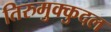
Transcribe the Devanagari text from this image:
तिरुमुक्कुदल